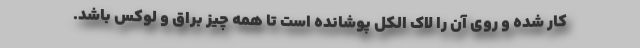
کار شده و روی آن را لاک الکل پوشانده است تا همه چیز براق و لوکس باشد.